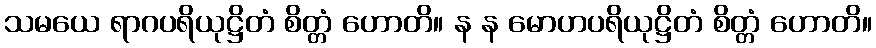
သမယေ ရာဂပရိယုဋ္ဌိတံ စိတ္တံ ဟောတိ။ န န မောဟပရိယုဋ္ဌိတံ စိတ္တံ ဟောတိ။